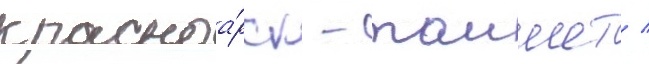
красноа́рск - таишет /